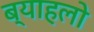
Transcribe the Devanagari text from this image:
ब्याहलो